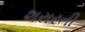
શરારતી